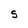
Character: S